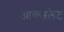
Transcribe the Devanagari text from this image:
आक्सलेट